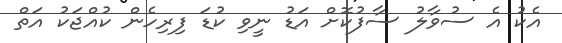
އެކު އެ ސުވާލު ސާފުކޮށް އަޑު ނީވި ކުޑަ ފިރިހެން ކުއްޖަކު އަތް